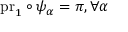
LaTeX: \mathrm { p r } _ { 1 } \circ \psi _ { \alpha } = \pi , \forall \alpha